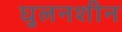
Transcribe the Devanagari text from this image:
घुलनशीन